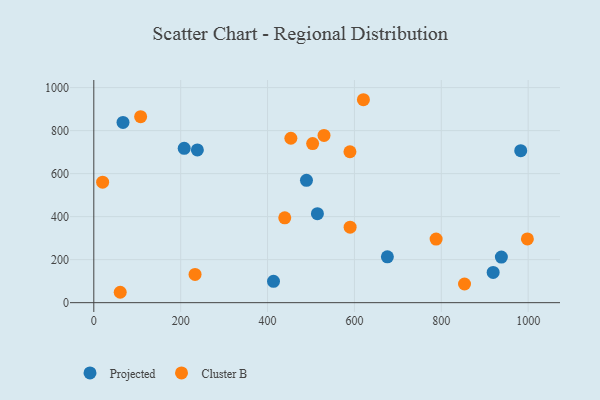
{"axis": {"x": "Price", "y": "Exam Score"}, "legend": ["Cluster B", "Projected"], "data": [{"x": "208.1", "y": 717.6, "type": "Projected"}, {"x": "982.9", "y": 706.7, "type": "Projected"}, {"x": "67.2", "y": 838.2, "type": "Projected"}, {"x": "489.6", "y": 569.0, "type": "Projected"}, {"x": "514.8", "y": 413.6, "type": "Projected"}, {"x": "675.9", "y": 213.1, "type": "Projected"}, {"x": "413.7", "y": 99.2, "type": "Projected"}, {"x": "238.4", "y": 710.0, "type": "Projected"}, {"x": "938.3", "y": 211.9, "type": "Projected"}, {"x": "919.4", "y": 140.5, "type": "Projected"}, {"x": "620.7", "y": 943.6, "type": "Cluster B"}, {"x": "788.1", "y": 295.8, "type": "Cluster B"}, {"x": "503.8", "y": 739.7, "type": "Cluster B"}, {"x": "107.8", "y": 864.7, "type": "Cluster B"}, {"x": "998.2", "y": 296.5, "type": "Cluster B"}, {"x": "453.7", "y": 764.5, "type": "Cluster B"}, {"x": "233.1", "y": 131.1, "type": "Cluster B"}, {"x": "439.6", "y": 394.3, "type": "Cluster B"}, {"x": "60.8", "y": 48.3, "type": "Cluster B"}, {"x": "589.7", "y": 701.8, "type": "Cluster B"}, {"x": "590.1", "y": 351.1, "type": "Cluster B"}, {"x": "853.5", "y": 86.8, "type": "Cluster B"}, {"x": "530.0", "y": 777.8, "type": "Cluster B"}, {"x": "20.3", "y": 560.4, "type": "Cluster B"}]}